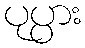
ပုပ္ပား